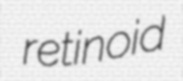
retinoid